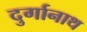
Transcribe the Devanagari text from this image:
दुर्गानाथ